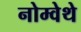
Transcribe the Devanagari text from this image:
नोम्वेथे